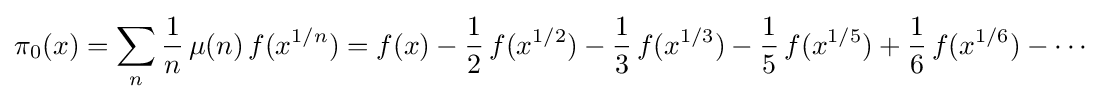
\pi _{0}(x)=\sum _{n}{\frac {1}{n}}\,\mu (n)\,f(x^{1/n})=f(x)-{\frac {1}{2}}\,f(x^{1/2})-{\frac {1}{3}}\,f(x^{1/3})-{\frac {1}{5}}\,f(x^{1/5})+{\frac {1}{6}}\,f(x^{1/6})-\cdots